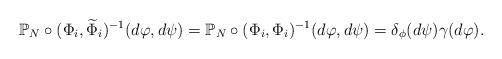
LaTeX: \begin{align*}\mathbb{P}_N\circ(\Phi_i, \widetilde \Phi_i)^{-1}(d\varphi,d\psi)=\mathbb{P}_N\circ(\Phi_i, \Phi_i)^{-1}(d\varphi,d\psi)=\delta_{\phi}(d\psi)\gamma(d\varphi).\end{align*}